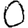
Digit: 0